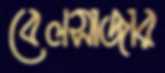
বেলসাজার